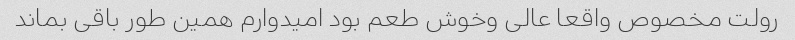
رولت مخصوص واقعا عالی وخوش طعم بود امیدوارم همین طور باقی بماند